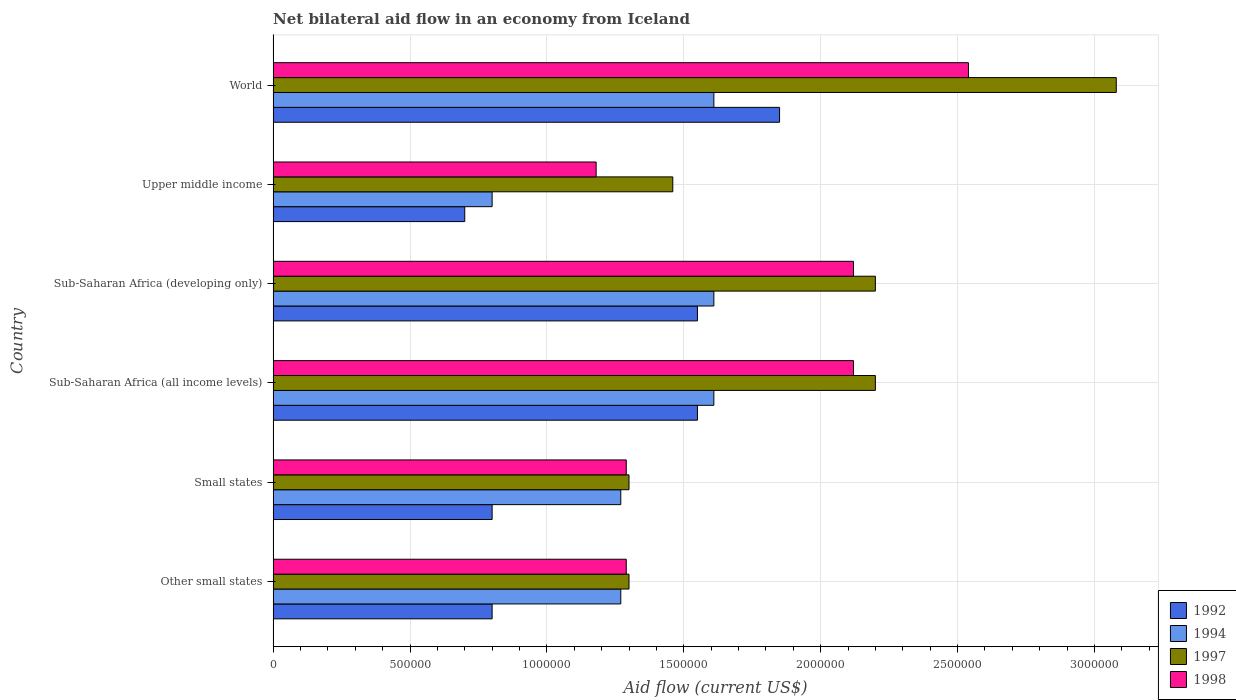
| Country | 1992 | 1994 | 1997 | 1998 |
 | --- | --- | --- | --- | --- |
 | Other small states | 8e+05 | 1.27e+06 | 1.3e+06 | 1.29e+06 |
 | Small states | 8e+05 | 1.27e+06 | 1.3e+06 | 1.29e+06 |
 | Sub-Saharan Africa (all income levels) | 1.55e+06 | 1.61e+06 | 2.2e+06 | 2.12e+06 |
 | Sub-Saharan Africa (developing only) | 1.55e+06 | 1.61e+06 | 2.2e+06 | 2.12e+06 |
 | Upper middle income | 7e+05 | 8e+05 | 1.46e+06 | 1.18e+06 |
 | World | 1.85e+06 | 1.61e+06 | 3.08e+06 | 2.54e+06 |